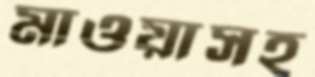
মাওয়াসহ